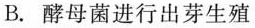
B.酵母菌进行出芽生殖